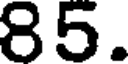
85.